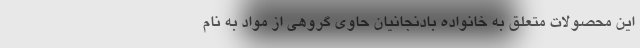
این محصولات متعلق به خانواده بادنجانیان حاوی گروهی از مواد به نام